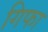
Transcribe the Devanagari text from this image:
गिफा